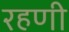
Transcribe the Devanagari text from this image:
रहणी